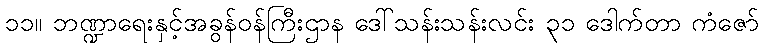
၁၁။ ဘဏ္ဍာရေးနှင့်အခွန်ဝန်ကြီးဌာန ဒေါ်သန်းသန်းလင်း ၃၁ ဒေါက်တာ ကံဇော်